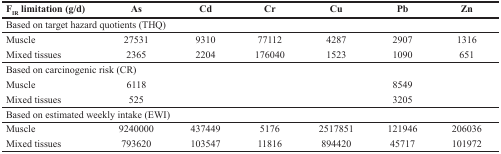
<table><thead><tr><td><b>F<sub>IR</sub> limitation (g/d)</b></td><td><b>As</b></td><td><b>Cd</b></td><td><b>Cr</b></td><td><b>Cu</b></td><td><b>Pb</b></td><td><b>Zn</b></td></tr></thead><tbody><tr><td colspan="7">Based on target hazard quotients (THQ)</td></tr><tr><td>Muscle</td><td>27531</td><td>9310</td><td>77112</td><td>4287</td><td>2907</td><td>1316</td></tr><tr><td>Mixed tissues</td><td>2365</td><td>2204</td><td>176040</td><td>1523</td><td>1090</td><td>651</td></tr><tr><td colspan="7">Based on carcinogenic risk (CR)</td></tr><tr><td>Muscle</td><td>6118</td><td></td><td></td><td></td><td>8549</td><td></td></tr><tr><td>Mixed tissues</td><td>525</td><td></td><td></td><td></td><td>3205</td><td></td></tr><tr><td colspan="7">Based on estimated weekly intake (EWI)</td></tr><tr><td>Muscle</td><td>9240000</td><td>437449</td><td>5176</td><td>2517851</td><td>121946</td><td>206036</td></tr><tr><td>Mixed tissues</td><td>793620</td><td>103547</td><td>11816</td><td>894420</td><td>45717</td><td>101972</td></tr></tbody></table>